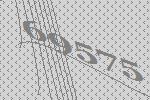
69575